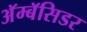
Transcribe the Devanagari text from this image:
अॅम्बॅसिडर